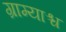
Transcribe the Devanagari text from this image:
ग्राम्याश्च